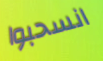
انسحبوا